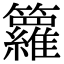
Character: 籮